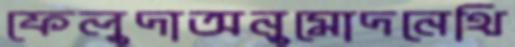
ফেলুদাঅনুমোদনেথি